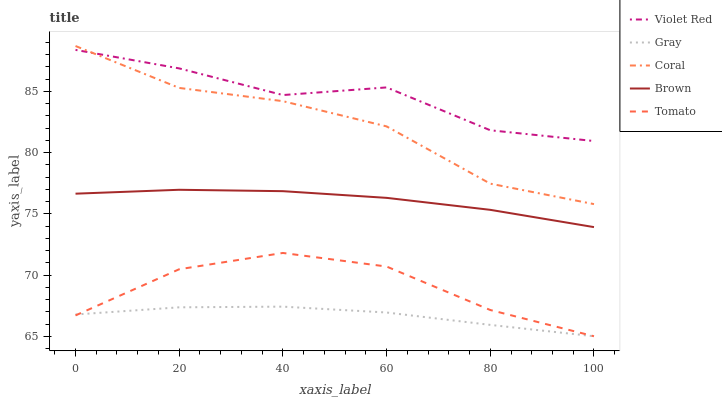
| xaxis_label | Violet Red | Gray | Coral | Brown | Tomato |
 | --- | --- | --- | --- | --- | --- |
 | 0 | 88.4 | 66.8 | 88.7 | 76.6 | 66.7 |
 | 20 | 86.9 | 67.4 | 85.3 | 77 | 70.5 |
 | 40 | 84.7 | 67.4 | 84.2 | 76.8 | 71.8 |
 | 60 | 85.3 | 66.9 | 82.1 | 76.3 | 70.7 |
 | 80 | 81.8 | 65.9 | 77.5 | 75.3 | 67.1 |
 | 100 | 80.9 | 65 | 75.8 | 73.9 | 65 |